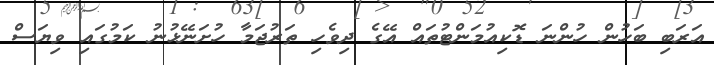
އަރަބި ބަހުން ހުންނަ ޑޮކިއުމަންޓުތައް އޭގެ ދިވެހި ތަރުޖަމާ ހުށަނޭޅުނު ކަމުގައި ވިޔަސް